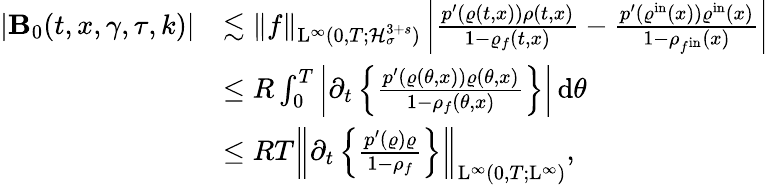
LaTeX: \begin{array}{rl}{\vert\mathbf{B}_{0}(t,x,\gamma,\tau,k)\vert}&{\lesssim\Vert f\Vert_{\mathrm{L}^{\infty}(0,T;\mathcal{H}_{\sigma}^{3+s})}\left\vert\frac{p^{\prime}(\varrho(t,x))\rho(t,x)}{1-\varrho_{f}(t,x)}-\frac{p^{\prime}(\varrho^{\mathrm{in}}(x))\varrho^{\mathrm{in}}(x)}{1-\rho_{f^{\mathrm{in}}}(x)}\right\vert}\\ &{\leq R\int_{0}^{T}\left\vert\partial_{t}\left\lbrace\frac{p^{\prime}(\varrho(\theta,x))\varrho(\theta,x)}{1-\rho_{f}(\theta,x)}\right\rbrace\right\vert\, \mathrm{d}\theta}\\ &{\leq RT\left\Vert\partial_{t}\left\lbrace\frac{p^{\prime}(\varrho)\varrho}{1-\rho_{f}}\right\rbrace\right\Vert_{\mathrm{L}^{\infty}(0,T;\mathrm{L}^{\infty})},}\end{array}